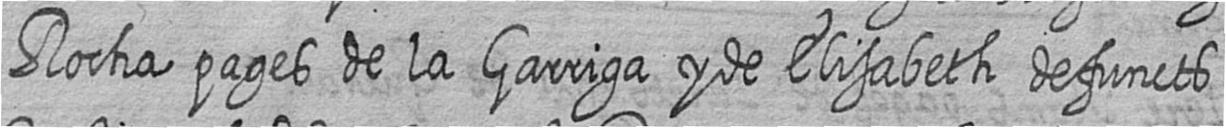
Rocha pages de la Garriga y de Elisabeth defuncts